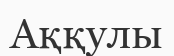
Аққулы